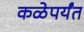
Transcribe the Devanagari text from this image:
कळेपर्यंत